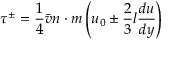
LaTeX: \quad \tau ^ { \pm } = { \frac { 1 } { 4 } } { \bar { v } } n \cdot m \left( u _ { 0 } \pm { \frac { 2 } { 3 } } l { \frac { d u } { d y } } \right)